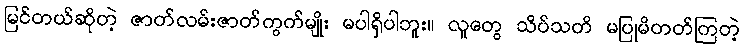
မြင်တယ်ဆိုတဲ့ ဇာတ်လမ်းဇာတ်ကွက်မျိုး မပါရှိပါဘူး။ လူတွေ သိပ်သတိ မပြုမိတတ်ကြတဲ့